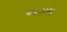
અઝમ